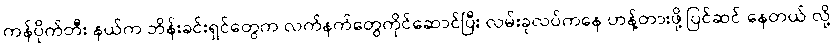
ကန်ပိုက်တီး နယ်က ဘိန်းခင်းရှင်တွေက လက်နက်တွေကိုင်ဆောင်ပြီး လမ်းခုလပ်ကနေ ဟန့်တားဖို့ ပြင်ဆင် နေတယ် လို့